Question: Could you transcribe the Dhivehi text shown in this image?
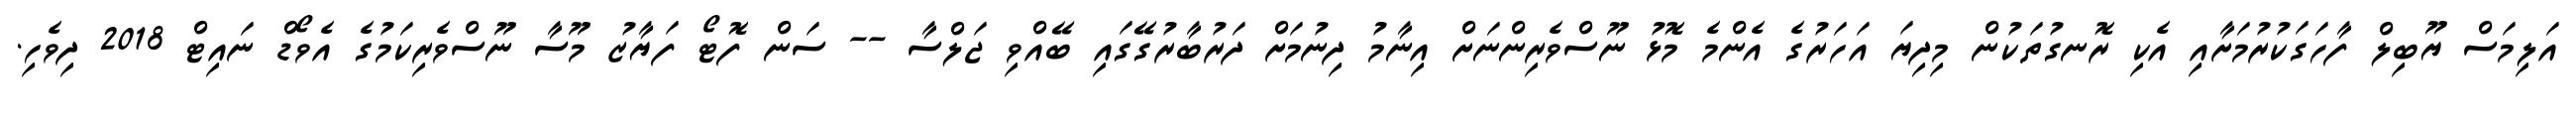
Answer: އަލިމަސް ޔޫބިލް ފާހަގަކުރުމަށާއި އެކި ރޮނގުތަކުން މިދިޔަ އަހަރުގެ އެންމެ މޮޅު ނޫސްވެރިންނަށް އިނާމު ދިނުމަށް ދަރުބާރުގޭގައި ބޭއްވި ޖަލްސާ -- ސަން ފޮޓޯ ފަޔާޒު މޫސާ ނޫސްވެރިކަމުގެ އެވޯޑް ނައިޓް 2018 ދިވެހި.